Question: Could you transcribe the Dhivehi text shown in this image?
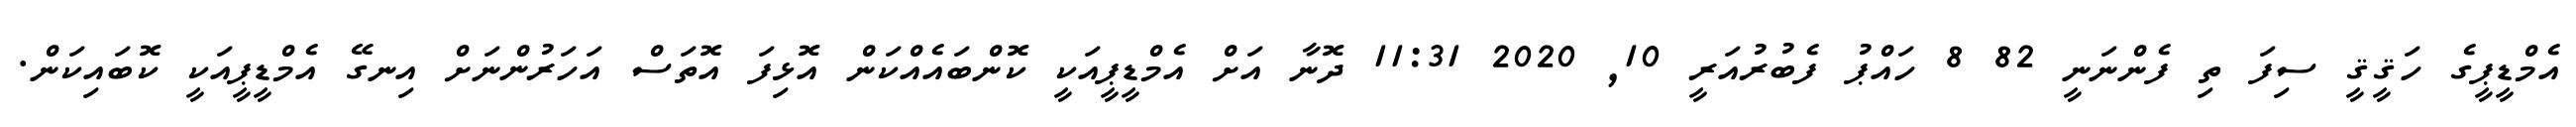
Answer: އެމްޑީޕީގެ ހަޤީޤީ ސިފަ ތި ފެންނަނީ 82 8 ހައްޕު ފެބުރުއަރީ 10, 2020 11:31 ދޮނާ އަށް އެމްޑީޕީއަކީ ކޮންބައެއްކަން އޮޅިފަ އޮތަސް އަހަރުންނަށް އިނގޭ އެމްޑީޕީއަކީ ކޮބައިކަން.